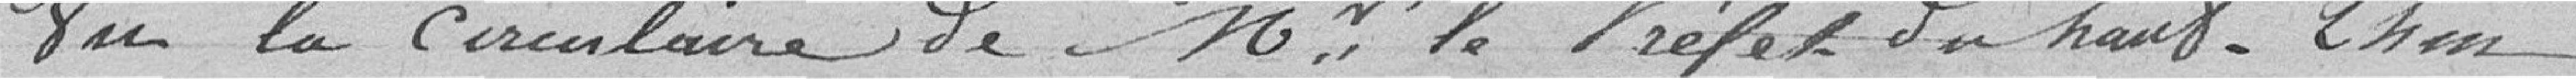
Vu la circulaire de Monsieur le Préfet du Haut-Rhin